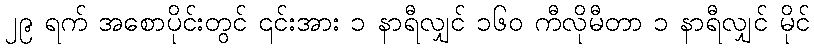
၂၉ ရက် အစောပိုင်းတွင် ၎င်းအား ၁ နာရီလျှင် ၁၆၀ ကီလိုမီတာ ၁ နာရီလျှင် မိုင်